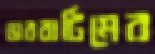
ভারবাটিমের